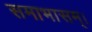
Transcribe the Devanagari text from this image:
समाभासम्।